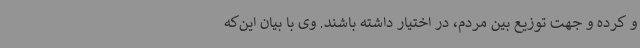
و کرده و جهت توزیع بین مردم، در اختیار داشته باشند. وی با بیان این‌که